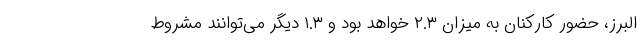
البرز، حضور کارکنان به میزان ۲.۳ خواهد بود و ۱.۳ دیگر می‌توانند مشروط